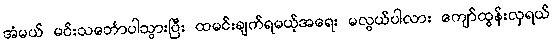
အံမယ် မင်းသင်္ဘောပါသွားပြီး ထမင်းချက်ရမယ့်အရေး မလွယ်ပါလား ကျော်ထွန်းလှရယ်